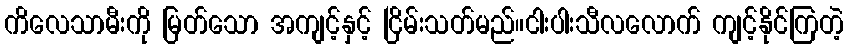
ကိလေသာမီးကို မြတ်သော အကျင့်နှင့် ငြိမ်းသတ်မည်။ငါးပါးသီလလောက် ကျင့်နိုင်ကြတဲ့